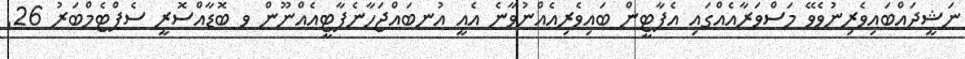
ނަޝީދައްބައިވެރިނުވެވޭ މަސްވަރާއެއްގައި އެޕާޓީން ބައިވެރިއެއްނުވާނެ އެއީ އުނބައްޖަހާނެޕާޓީއެއްނޫން ވ ބޮޑާއްސޮރީ ސެޕްޓެމްބަރު 26